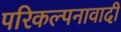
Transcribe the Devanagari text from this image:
परिकल्पनावादी